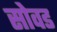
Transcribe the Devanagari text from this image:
सोवड